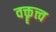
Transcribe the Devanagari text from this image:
वक्तॄत्त्व